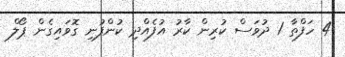
4 ހަފްތާ 1 ދުވަސް ކުރިން ކާރު އުފެއްދި ކުންފުނި ގޮވައިގެން ޕޯލް